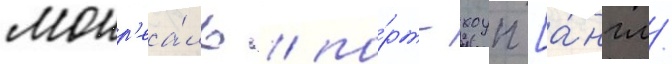
монр'еа́ль / по́рт-хоуп [а́нгл.